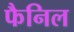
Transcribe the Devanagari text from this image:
फैनिल